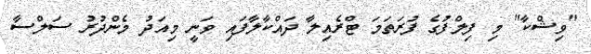
"ވިޝްކާ" މި ފިލްފުގެ ފުރަތަމަ ޓްރެއިލާ ދައްކާލާފައި ވަނީ މިއަދު މެންދުރު ސަލްސާ